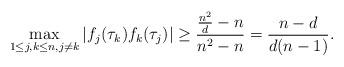
LaTeX: \begin{align*}\max _{1\leq j,k \leq n, j\neq k}|f_j(\tau_k)f_k(\tau_j)|\geq \frac{\frac{n^2}{d}-n}{n^2-n}=\frac{n-d}{d(n-1)}. \end{align*}